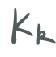
$K_{k}$